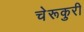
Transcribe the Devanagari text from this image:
चेरूकुरी